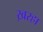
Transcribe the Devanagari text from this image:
ख़रहा